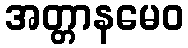
အတ္တာနမေဝ